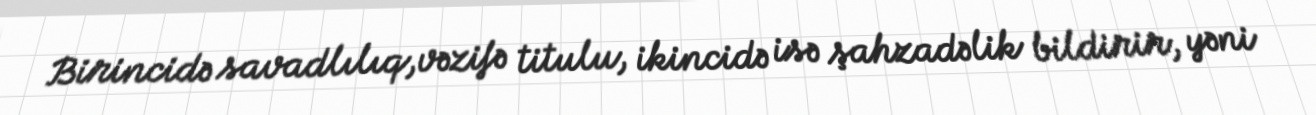
Birincidə savadlılıq,vəzifə titulu, ikincidə isə şahzadəlik bildirir, yəni